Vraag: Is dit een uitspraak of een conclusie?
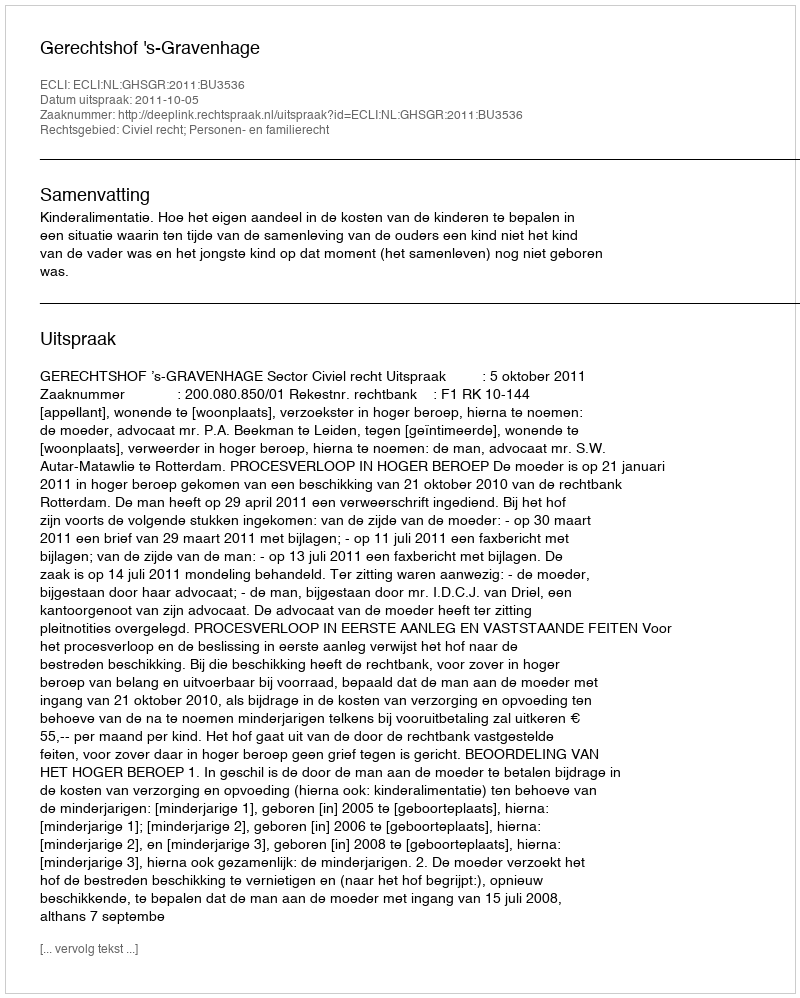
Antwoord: Uitspraak